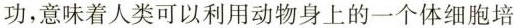
功，意味着人类可以利用动物身上的一个体细胞培